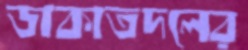
ডাকাতদলের